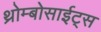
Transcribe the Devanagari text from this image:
थ्रोम्बोसाईट्स